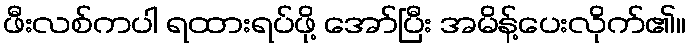
ဖီးလစ်ကပါ ရထားရပ်ဖို့ အော်ပြီး အမိန့်ပေးလိုက်၏။